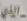
الذي